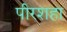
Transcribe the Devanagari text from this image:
पीरशहा